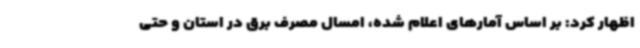
اظهار کرد: بر اساس آمارهای اعلام شده، امسال مصرف برق در استان و حتی